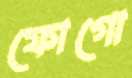
ফোগো